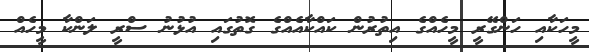
މީހަކާއި ހަންގޭރީ މީހެއްގެ އިތުރުން ކައްކާއެއްގެ ގޮތުގައި އުޅުނު ސްރީ ލަންކާ މީހެއް